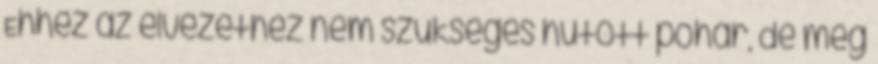
Ehhez az élvezethez nem szükséges hűtött pohár, de még